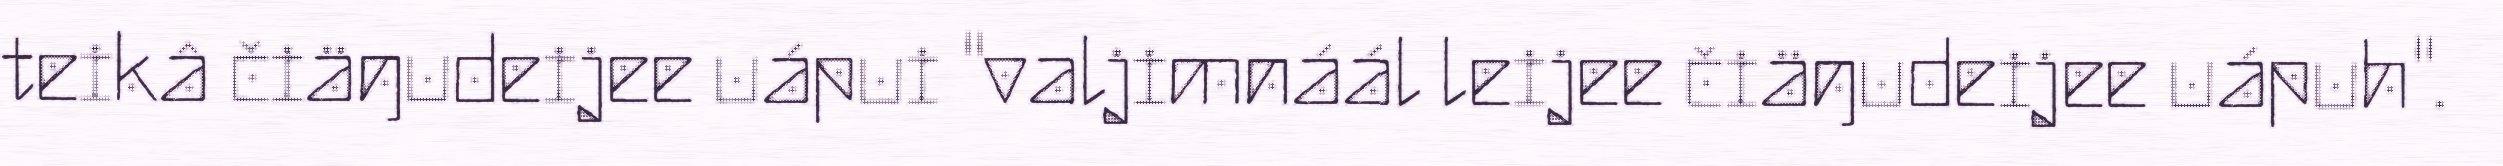
teikâ čiäŋudeijee uápui "valjimnáál leijee čiäŋudeijee uápuh".